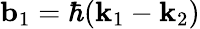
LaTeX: \mathbf{b}_{1}=\hbar(\mathbf{k}_{1}-\mathbf{k}_{2})